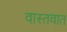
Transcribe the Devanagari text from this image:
वास्‍तवात